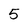
Character: 5